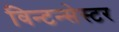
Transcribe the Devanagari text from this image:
विन्टन्सेस्टर